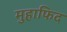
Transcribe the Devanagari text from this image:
मुहाफिद